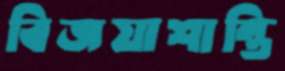
বিজয়াশান্তি